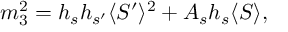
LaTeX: m _ { 3 } ^ { 2 } = h _ { s } h _ { s ^ { \prime } } \langle S ^ { \prime } \rangle ^ { 2 } + A _ { s } h _ { s } \langle S \rangle ,